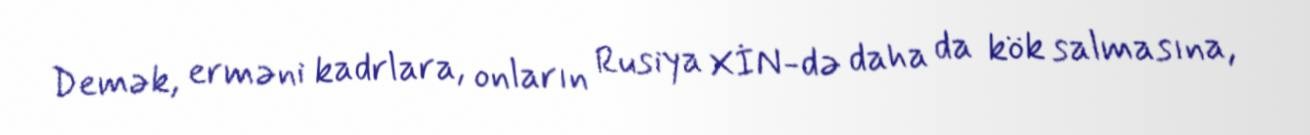
Demək, erməni kadrlara, onların Rusiya XİN-də daha da kök salmasına,